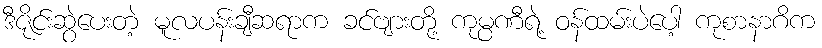
ဒီဇိုင်းဆွဲပေးတဲ့ မူလပန်းချီဆရာက ခင်ဗျားတို့ ကုမ္ပဏီရဲ့ ဝန်ထမ်းပဲပေါ့ ကုစာနာဂိက